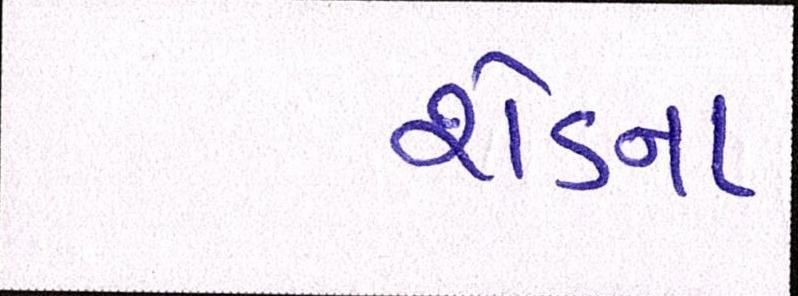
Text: શેડના